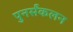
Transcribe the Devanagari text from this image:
पुनर्संकलन